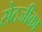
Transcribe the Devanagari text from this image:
सेठजीका